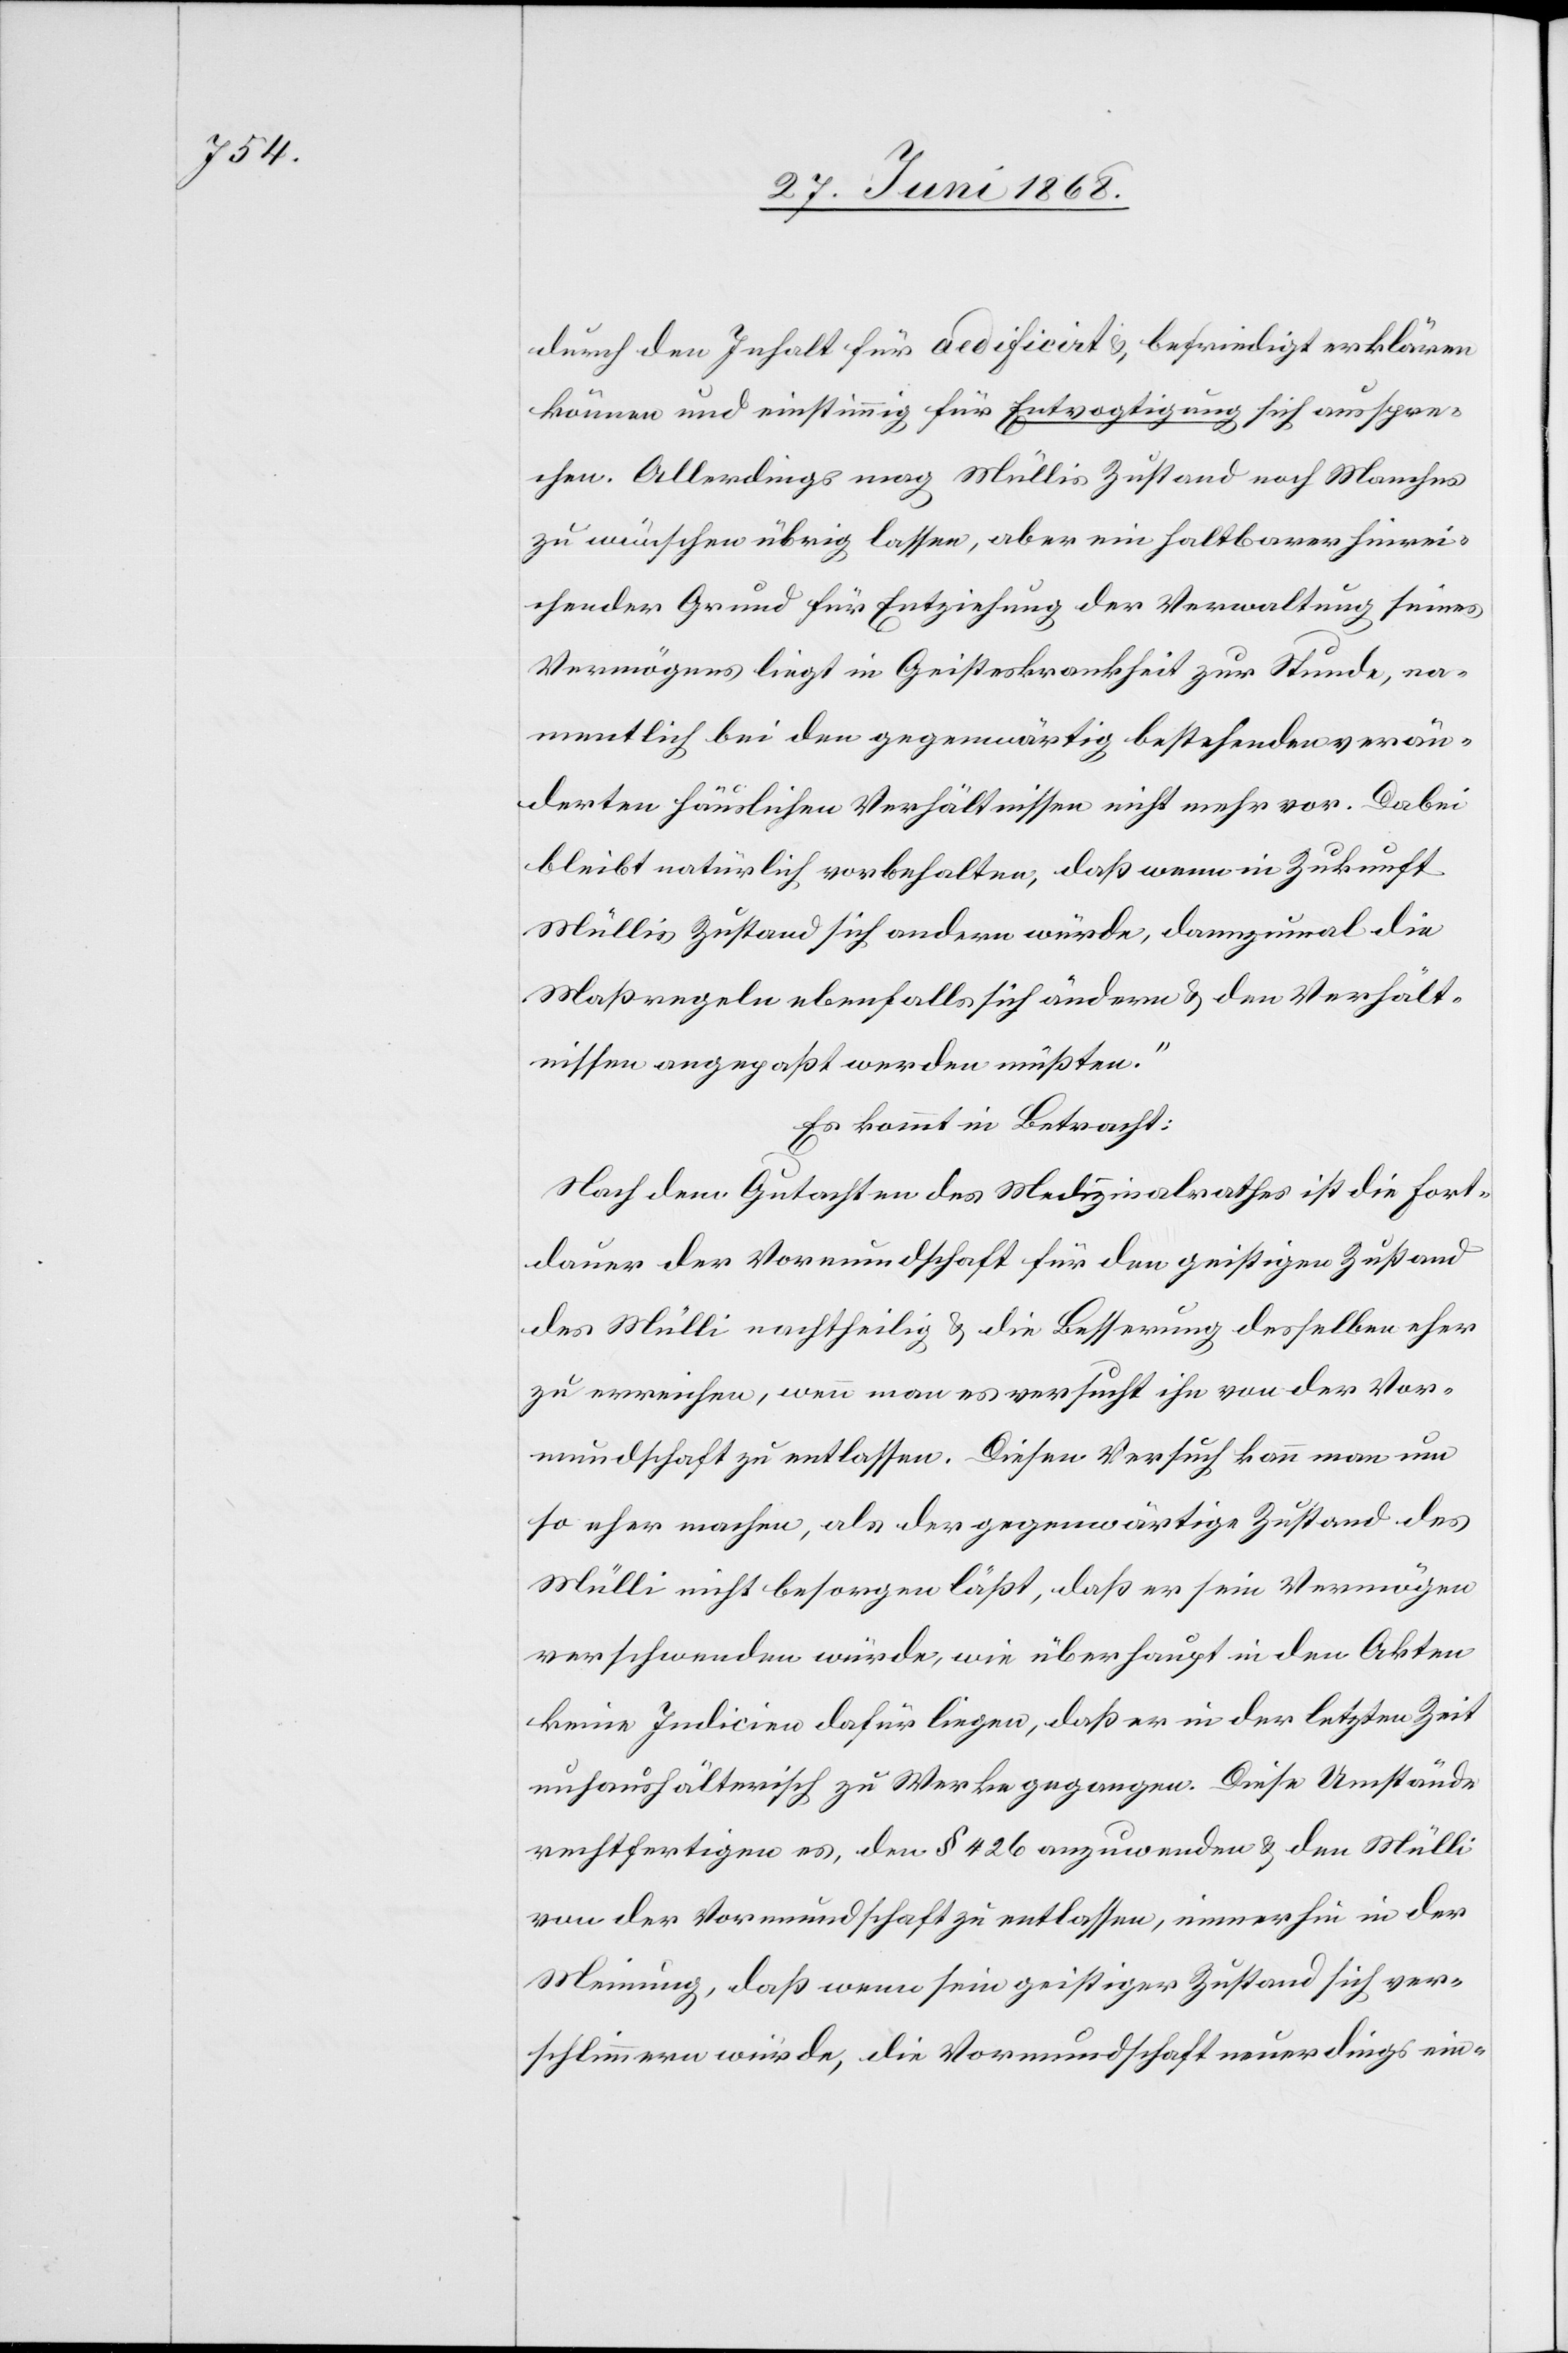
durch den Inhalt für aedificirt & befriedigt erklären
können und einstimmig für Entvogtigung sich ausspre¬
chen. Allerdings mag Müllis Zustand noch Manches
zu wünschen übrig lassen, aber ein haltbarer hinrei¬
chender Grund für Entziehung der Verwaltung seines
Vermögens liegt in Geisteskrankheit zur Stunde, na¬
mentlich bei den gegenwärtig bestehenden verän¬
derten häuslichen Verhältnissen nicht mehr vor. Dabei
bleibt natürlich vorbehalten, daß wenn in Zukunft
Müllis Zustand sich andern [sic!] würde, dannzumal die
Maßregeln ebenfalls sich ändern & den Verhält¬
nissen angepaßt werden müßten.“
Es kommt in Betracht:
Nach dem Gutachten des Medizinalrathes ist die Fort¬
dauer der Vormundschaft für den geistigen Zustand
des Mülli nachtheilig & die Besserung desselben eher
zu erreichen, wenn man es versucht ihn von der Vor¬
mundschaft zu entlassen. Diesen Versuch kann man um
so eher machen, als der gegenwärtige Zustand des
Mülli nicht besorgen läßt, daß er sein Vermögen
verschwenden würde, wie überhaupt in den Akten
keine Indicien dafür liegen, daß er in der letzten Zeit
unhaushälterisch zu Werke gegangen. Diese Umstände
rechtfertigen es, den § 426 anzuwenden & den Mülli
von der Vormundschaft zu entlassen, immerhin in der
Meinung, daß wenn sein geistiger Zustand sich ver¬
schlimmern würde, die Vormundschaft neuerdings ein-